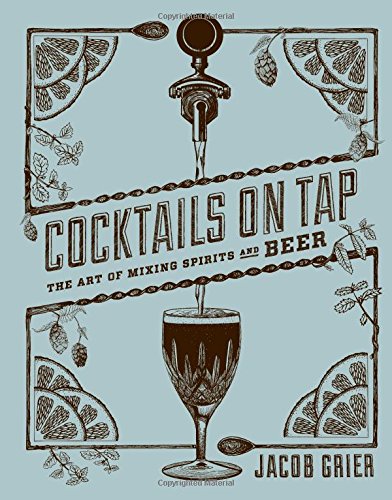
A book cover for Cocktails on Tap: The Art of Mixing Spirits and Beer; Jacob Grier; Cookbooks, Food & Wine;